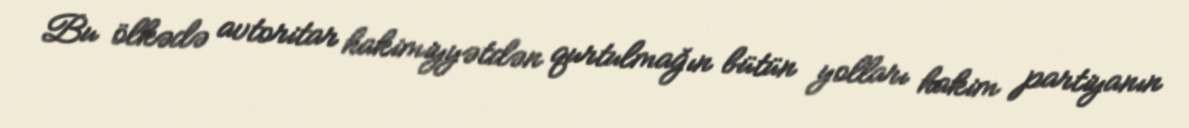
Bu ölkədə avtoritar hakimiyyətdən qurtulmağın bütün yolları hakim partiyanın